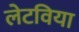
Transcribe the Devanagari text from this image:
लेटविया